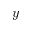
y